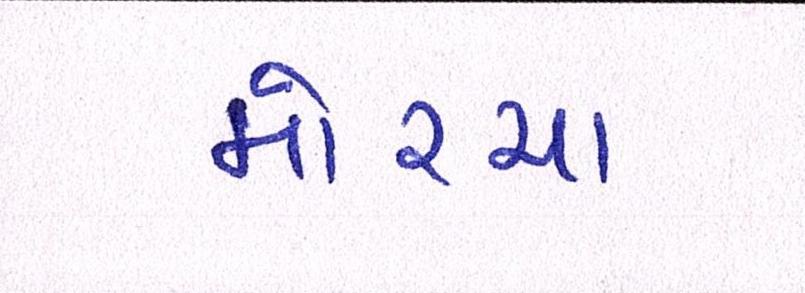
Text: મોરચા